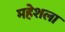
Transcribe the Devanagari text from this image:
महेशला